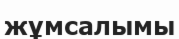
жұмсалымы